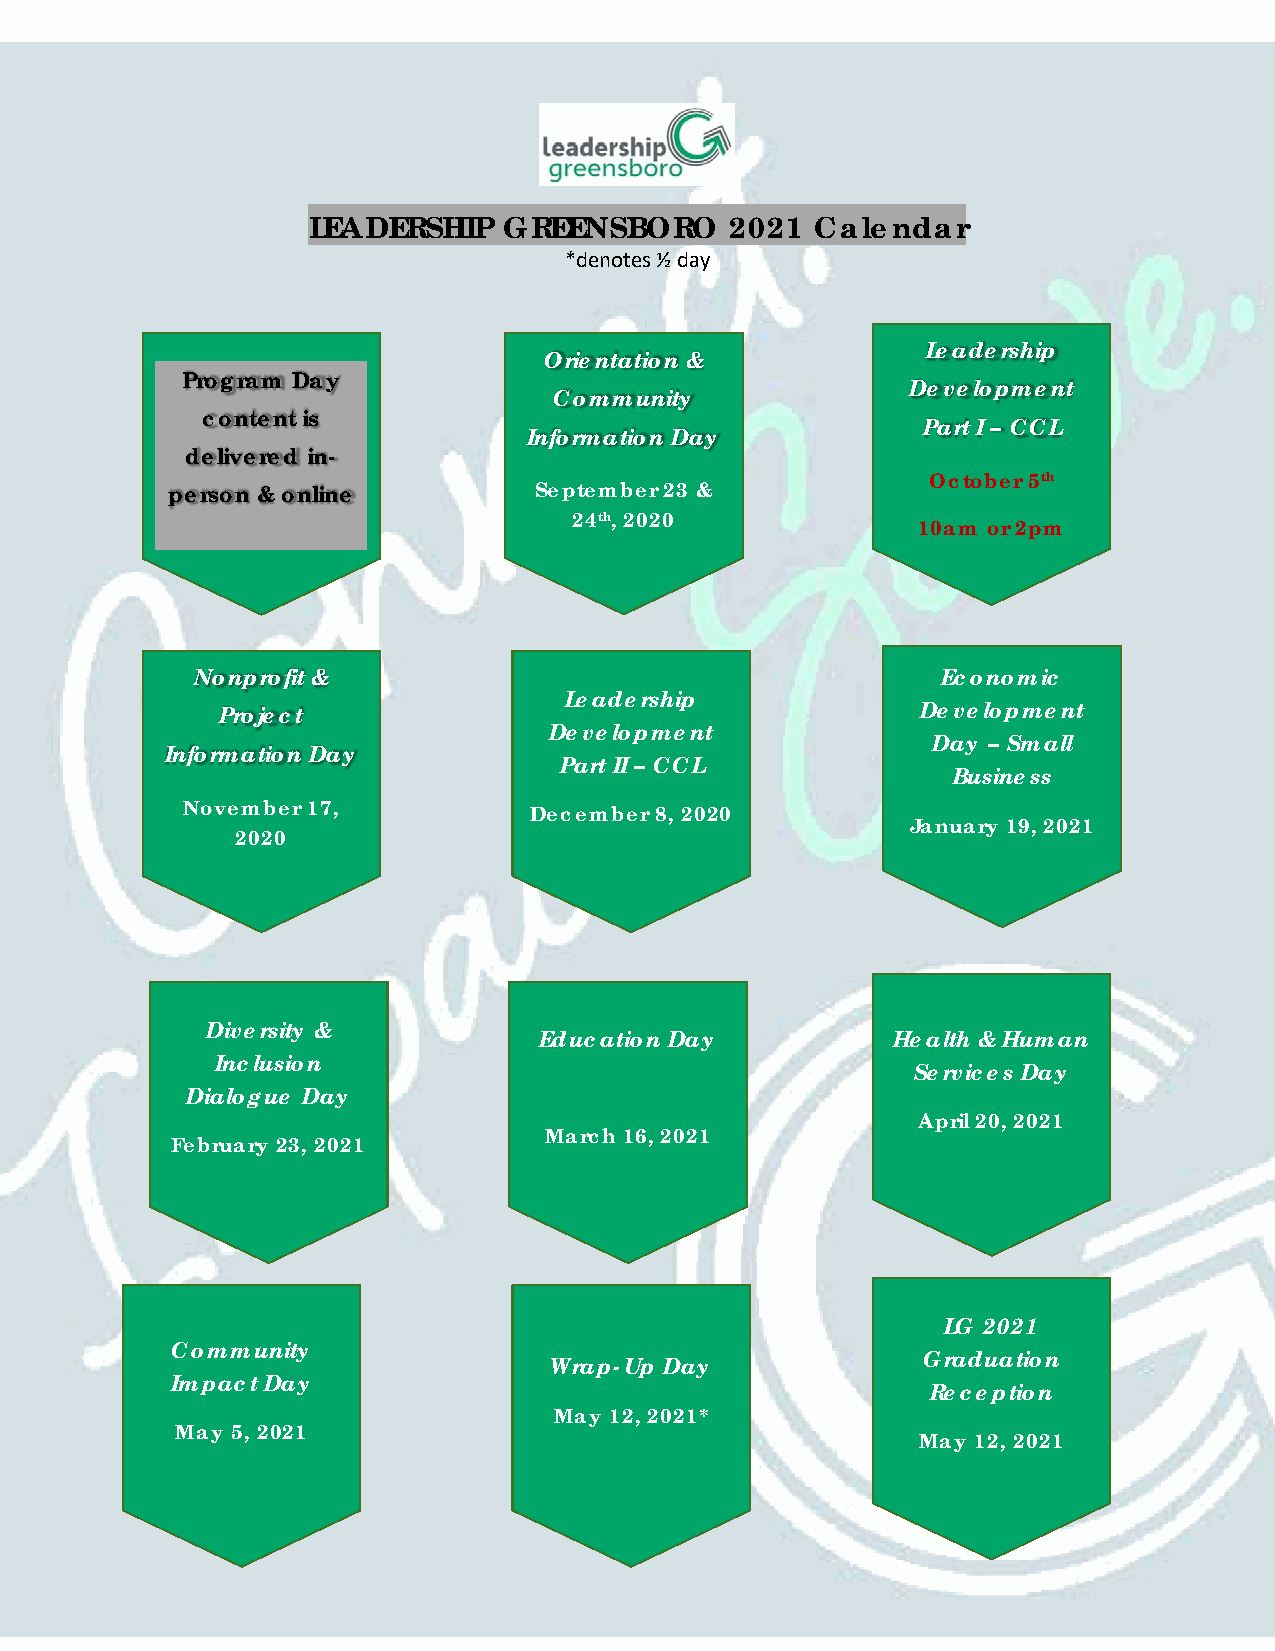
LEADERSHIP   GREENSBORO     2021  Calendar
 *denotes ½ day
 Leadership
 Orientation &
 Program Day
 Development
 Community
 content is
 Part I – CCL
 Information Day
 delivered in-
 October 5th
 person & online         September 23 &
 24th, 2020
 10am or 2pm
 Nonprofit &                                      Economic
 Leadership
 Project                                        Development
 Development
 Day – Small
 Information Day
 Part II – CCL
 Business
 November 17,
 December 8, 2020
 January 19, 2021
 2020
 Diversity &
 Education Day          Health & Human
 Inclusion
 Services Day
 Dialogue Day
 April 20, 2021
 March 16, 2021
 February 23, 2021
 LG 2021
 Community
 Wrap-Up Day
 Graduation
 Impact Day
 Reception
 May 12, 2021*
 May 5, 2021
 May 12, 2021